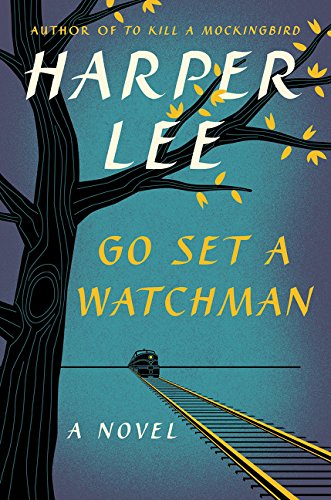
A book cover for Go Set a Watchman: A Novel; Harper Lee; Literature & Fiction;